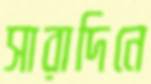
সারাদিনে